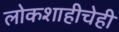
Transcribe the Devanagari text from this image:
लोकशाहीचेही